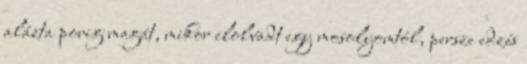
alázta porig magát, mikor elolvadt egy mosolyomtól, persze edzés